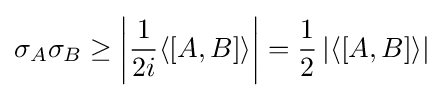
\sigma _{A}\sigma _{B}\geq \left|{\frac {1}{2i}}\langle [A,B]\rangle \right|={\frac {1}{2}}\left|\langle [A,B]\rangle \right|